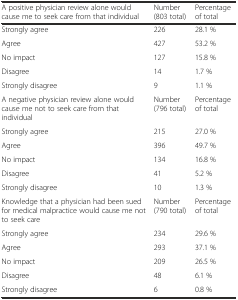
| A positive physician review alone would cause me to seek care from that individual | Number (803 total) | Percentage of total |
 | --- | --- | --- |
 | Strongly agree | 226 | 28.1 % |
 | Agree | 427 | 53.2 % |
 | No impact | 127 | 15.8 % |
 | Disagree | 14 | 1.7 % |
 | Strongly disagree | 9 | 1.1 % |
 | A negative physician review alone would cause me not to seek care from that individual | Number (796 total) | Percentage of total |
 | Strongly agree | 215 | 27.0 % |
 | Agree | 396 | 49.7 % |
 | No impact | 134 | 16.8 % |
 | Disagree | 41 | 5.2 % |
 | Strongly disagree | 10 | 1.3 % |
 | Knowledge that a physician had been sued for medical malpractice would cause me not to seek care | Number (790 total) | Percentage of total |
 | Strongly agree | 234 | 29.6 % |
 | Agree | 293 | 37.1 % |
 | No impact | 209 | 26.5 % |
 | Disagree | 48 | 6.1 % |
 | Strongly disagree | 6 | 0.8 % |